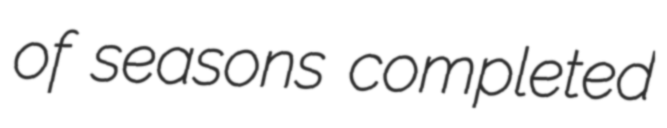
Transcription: of seasons completed